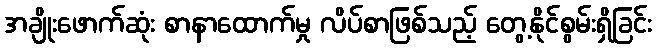
အချိုးဖောက်ဆုံး စာနာထောက်မှု လိပ်စာဖြစ်သည့် တွေ့နိုင်စွမ်းရှိခြင်း